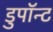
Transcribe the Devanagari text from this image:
डुपॉन्ट